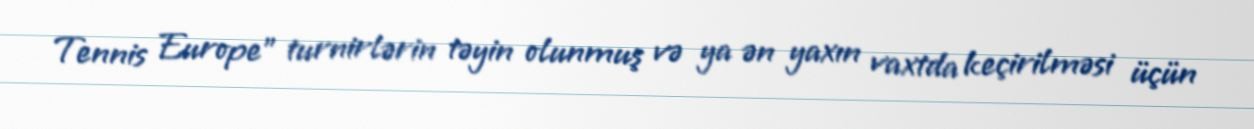
Tennis Europe" turnirlərin təyin olunmuş və ya ən yaxın vaxtda keçirilməsi üçün